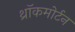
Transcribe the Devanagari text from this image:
थ्रॉकमोर्टन